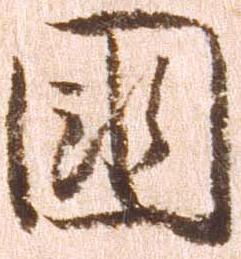
国